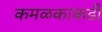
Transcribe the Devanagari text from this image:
कमळकाकडी